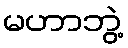
မဟာဘွဲ့